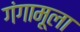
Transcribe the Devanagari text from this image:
गंगामूला